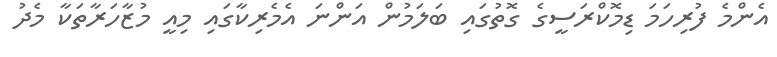
އެންމެ ފުރިހަމަ ޑިމޮކްރަސީގެ ގޮތުގައި ބަލަމުން އަންނަ އެމެރިކާގައި މިއީ މުޒާހަރާތަކާ މެދު